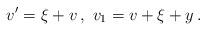
LaTeX: \begin{align*} \begin{aligned} v' = \xi + v \,, \ v_1 = v + \xi + y \,. \end{aligned} \end{align*}